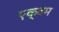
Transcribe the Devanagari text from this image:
एक्वम